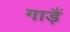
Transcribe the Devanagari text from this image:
गाड़ैं